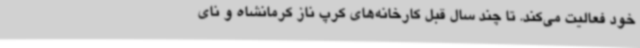
خود فعالیت می‌کند. تا چند سال قبل کارخانه‌های کرپ ناز کرمانشاه و نای